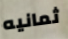
ثمانيه